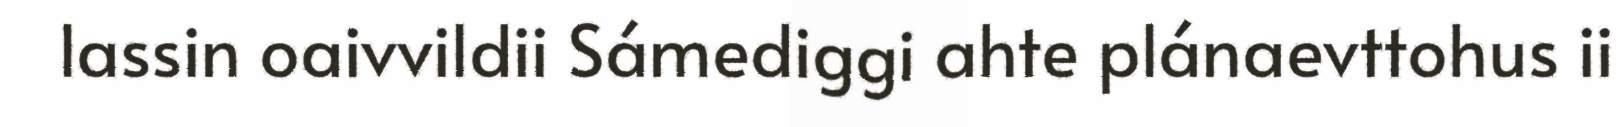
lassin oaivvildii Sámediggi ahte plánaevttohus ii